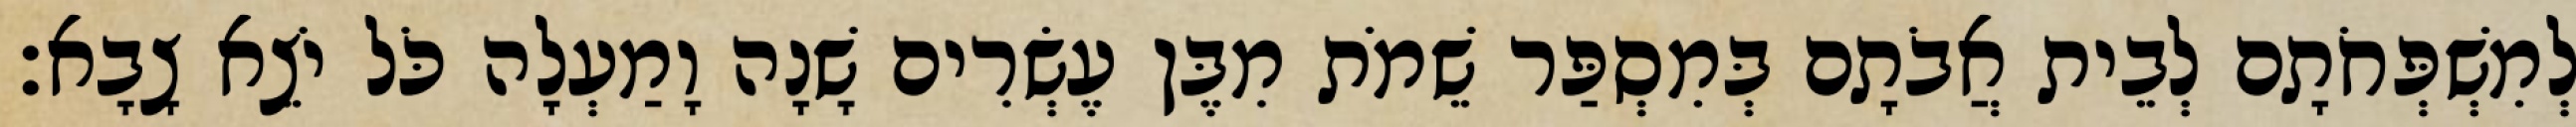
לְמִשְׁפְּחֹתָם לְבֵית אֲבֹתָם בְּמִסְפַּר שֵׁמֹת מִבֶּן עֶשְׂרִים שָׁנָה וָמַעְלָה כֹּל יֹצֵא צָבָא׃